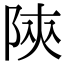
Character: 陝